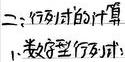
二、行列式的计算
1. 按定义计算行列式：